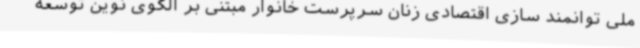
ملی توانمند سازی اقتصادی زنان سرپرست خانوار مبتنی بر الگوی نوین توسعه